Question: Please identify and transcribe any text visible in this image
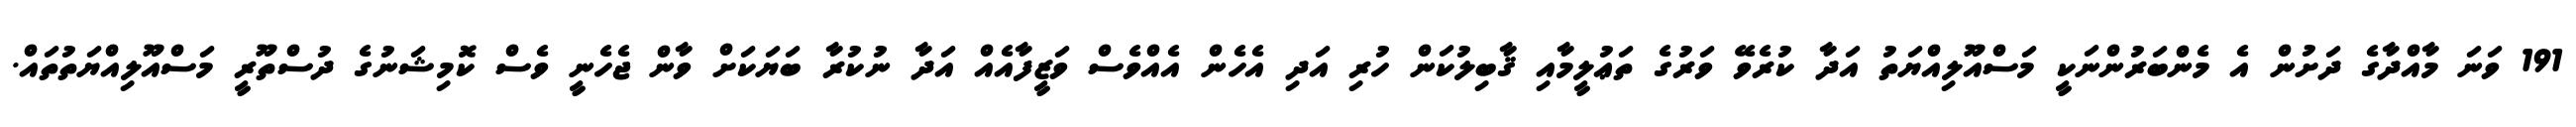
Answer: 191 ވަނަ މާއްދާގެ ދަށުން އެ މެންބަރުންނަކީ މަސްއޫލިއްޔަތު އަދާ ކުރެވޭ ވަރުގެ ތަޢުލީމާއި ޤާބިލުކަން ހުރި އަދި އެހެން އެއްވެސް ވަޒީފާއެއް އަދާ ނުކުރާ ބަޔަކަށް ވާން ޖެހެނީ ވެސް ކޮމިޝަނުގެ ދުސްތޫރީ މަސްއޫލިއްޔަތުތައް.